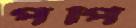
পপি